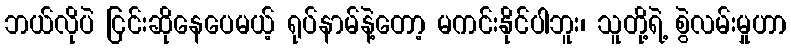
ဘယ်လိုပဲ ငြင်းဆိုနေပေမယ့် ရုပ်နာမ်နဲ့တော့ မကင်းနိုင်ပါဘူး၊ သူတို့ရဲ့ စွဲလမ်းမှုဟာ